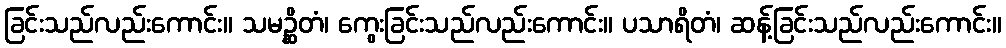
ခြင်းသည်လည်းကောင်း။ သမဉ္ဆိတံ၊ ကွေးခြင်းသည်လည်းကောင်း။ ပသာရိတံ၊ ဆန့်ခြင်းသည်လည်းကောင်း။